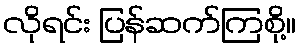
လိုရင်း ပြန်ဆက်ကြစို့။